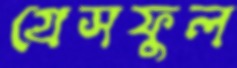
গ্রেসফুল